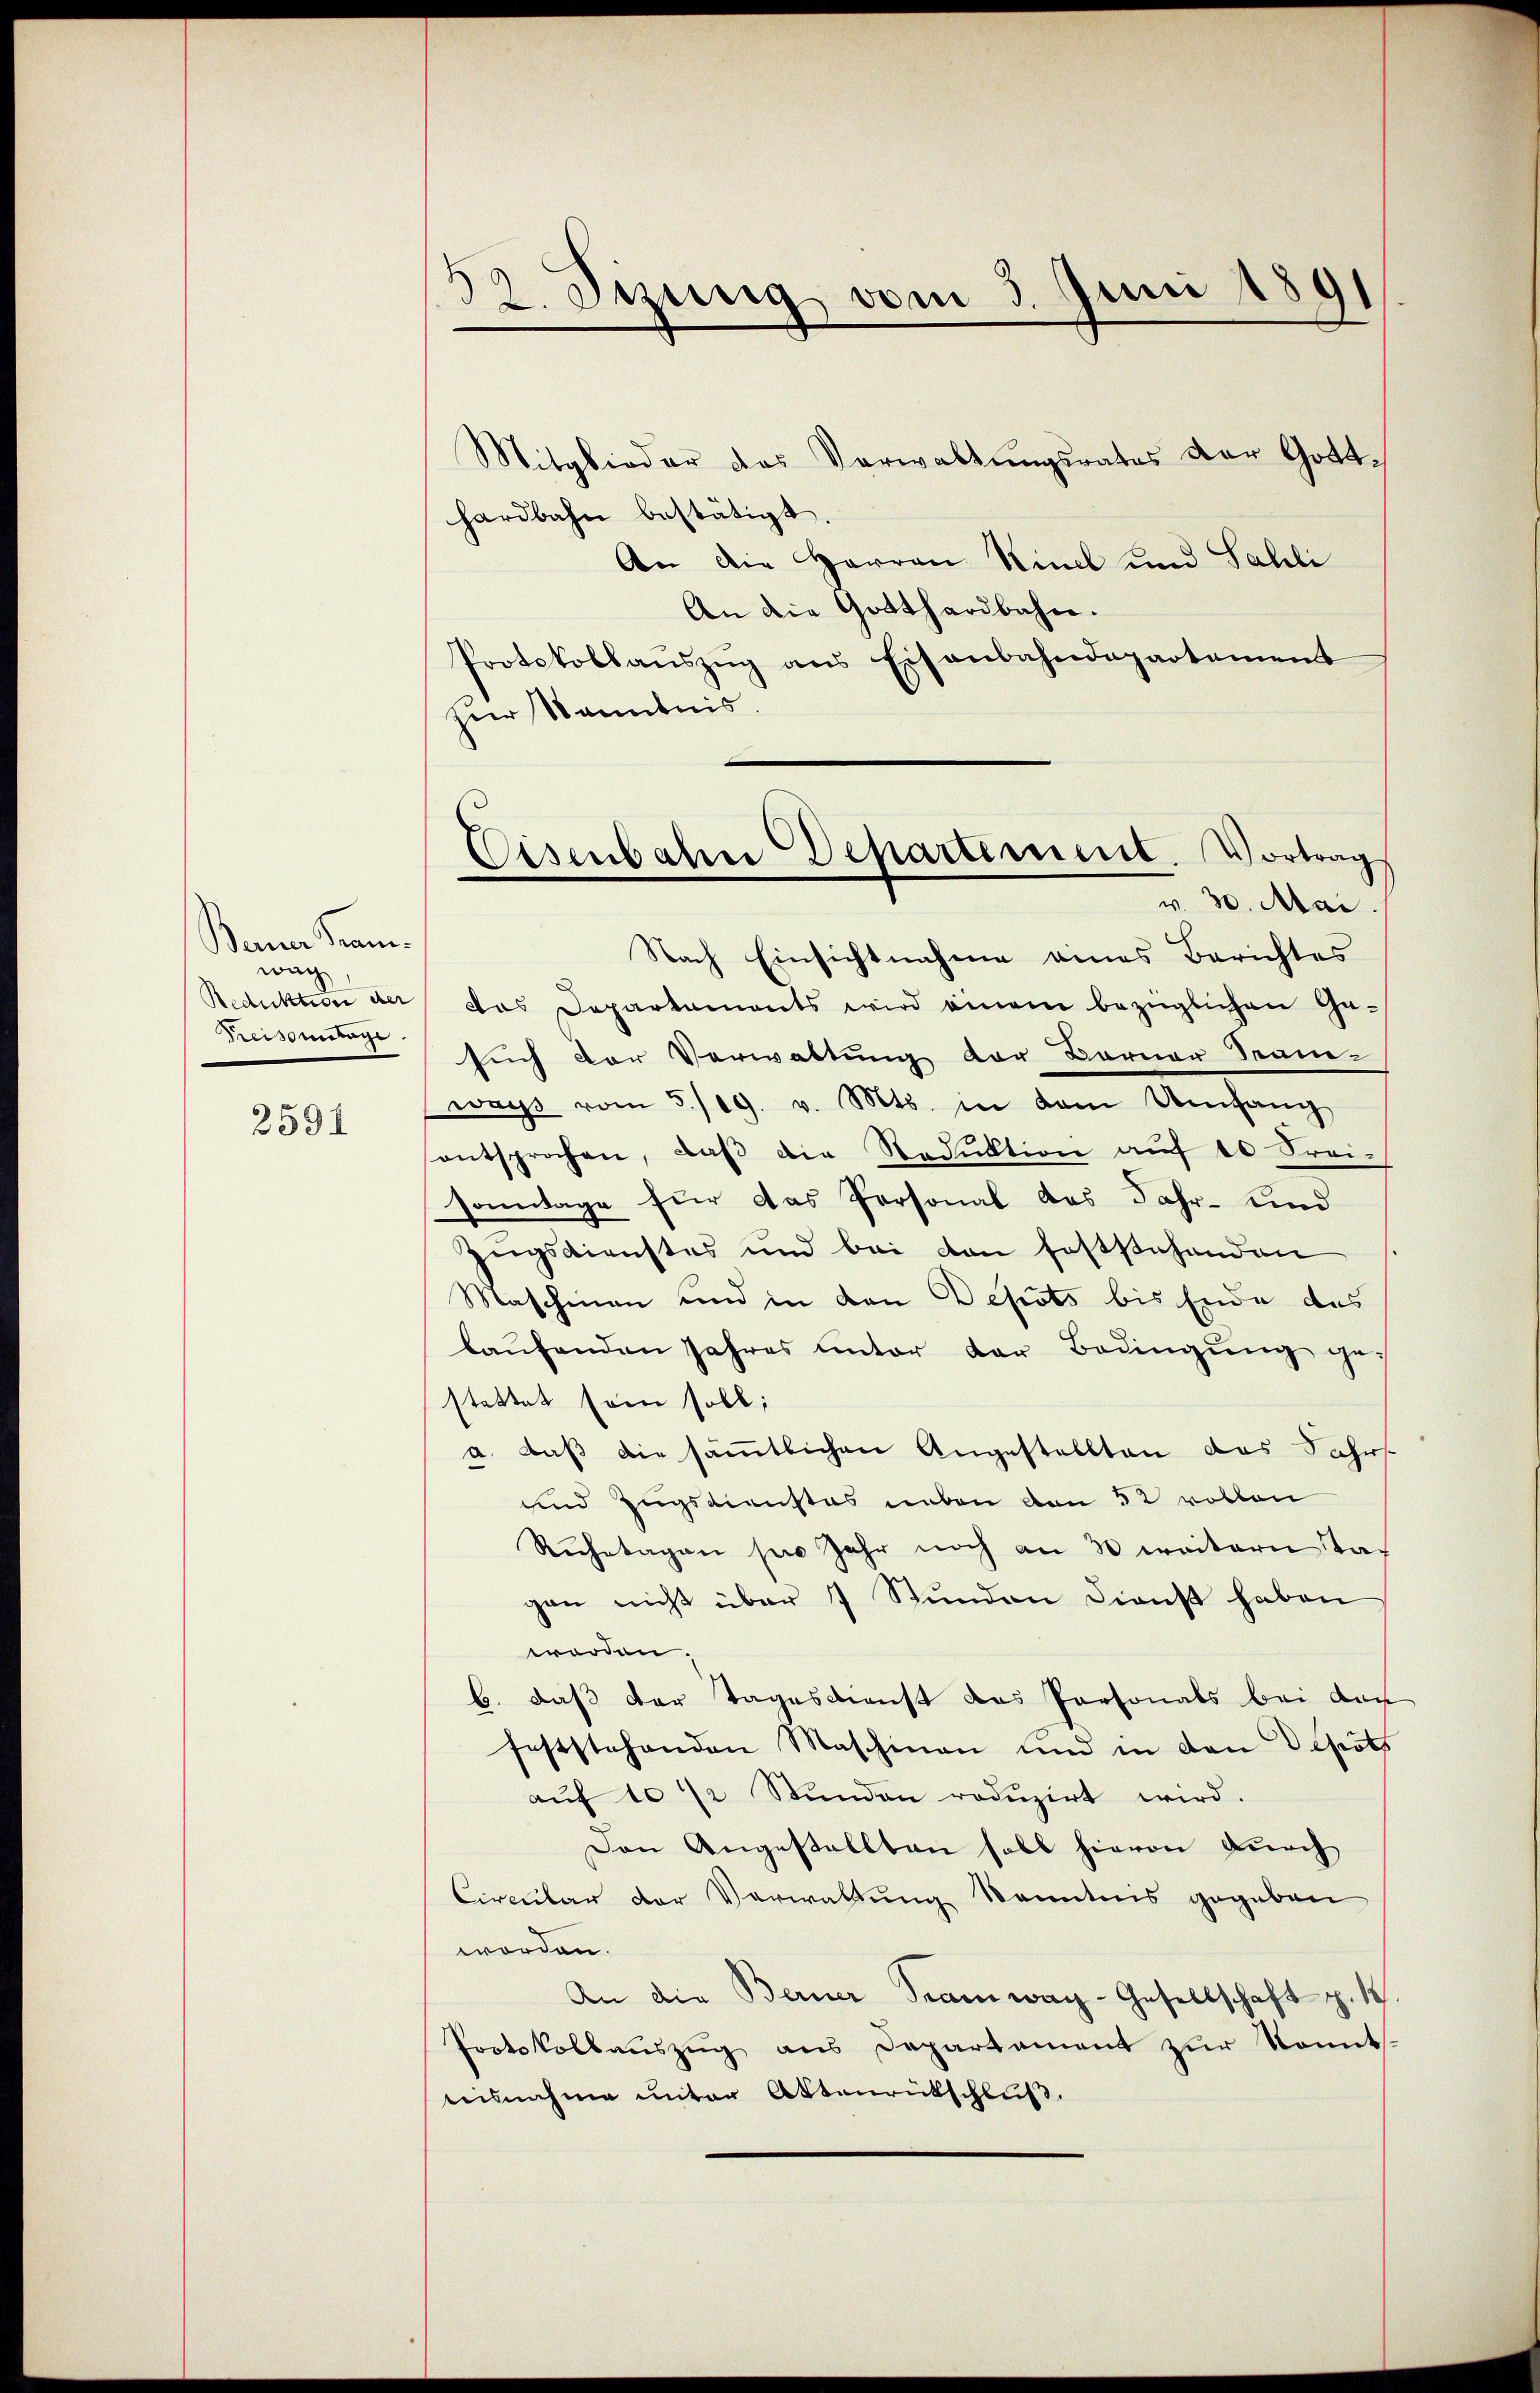
Benner Kamwar
Reduktion der
Kreismange

2591

52. Sezung vom 3. Juni 1891

Mitglieder das Verwaltungsrates der Gotthardbahn bestätigt.
An die Herren Rinck und Sahli
An die Gotthardbahn.
Protokollanszŭg ans Eisenbahndepartement
zur Kenntnis.
Nach Einsichtnahme eines Berichtes
das Departaments wird einem bezüglichen Ge-
such der Verwaltung der Barner Stam-
ways vom 5/19. v. Mts. in dem Umfang
entsprochen, daβ die Reduktion aŭf 10 Frei-
sonntage für das Personal das Jahr- und
Zugsdienstes und bei von feststehenden
Maschinen und in den Depots bis Ende des
laŭfenden Jahres unter der Bedingŭng ge-
stattet sein soll;
a. daß die sämmtlichen Angestellten das Jahrs
und Zugsdienstes neben von 52 vollen
Ruchetagen pro Jahr noch an 30 weitern Tagan nicht über 1 Stunden Dienst haben
worden.
b. daß der Tagesdienst das Personals bei den
feststehenden Maschinen und in den Depots
aŭf 10 1/2 Stŭnden redŭzirt wird.
Den Angestellten soll hievon durch
Circular der Verwaltung kanntnis gegeben
worden.
An die Berner Tramway-Gesellschaft p. 18
Protokollaŭszŭg ans Departament zŭr Nomuts-
teisnahme unter Ottenrütschluß.

Eisenbahre Departement. Vortrag
v. 30. Mai